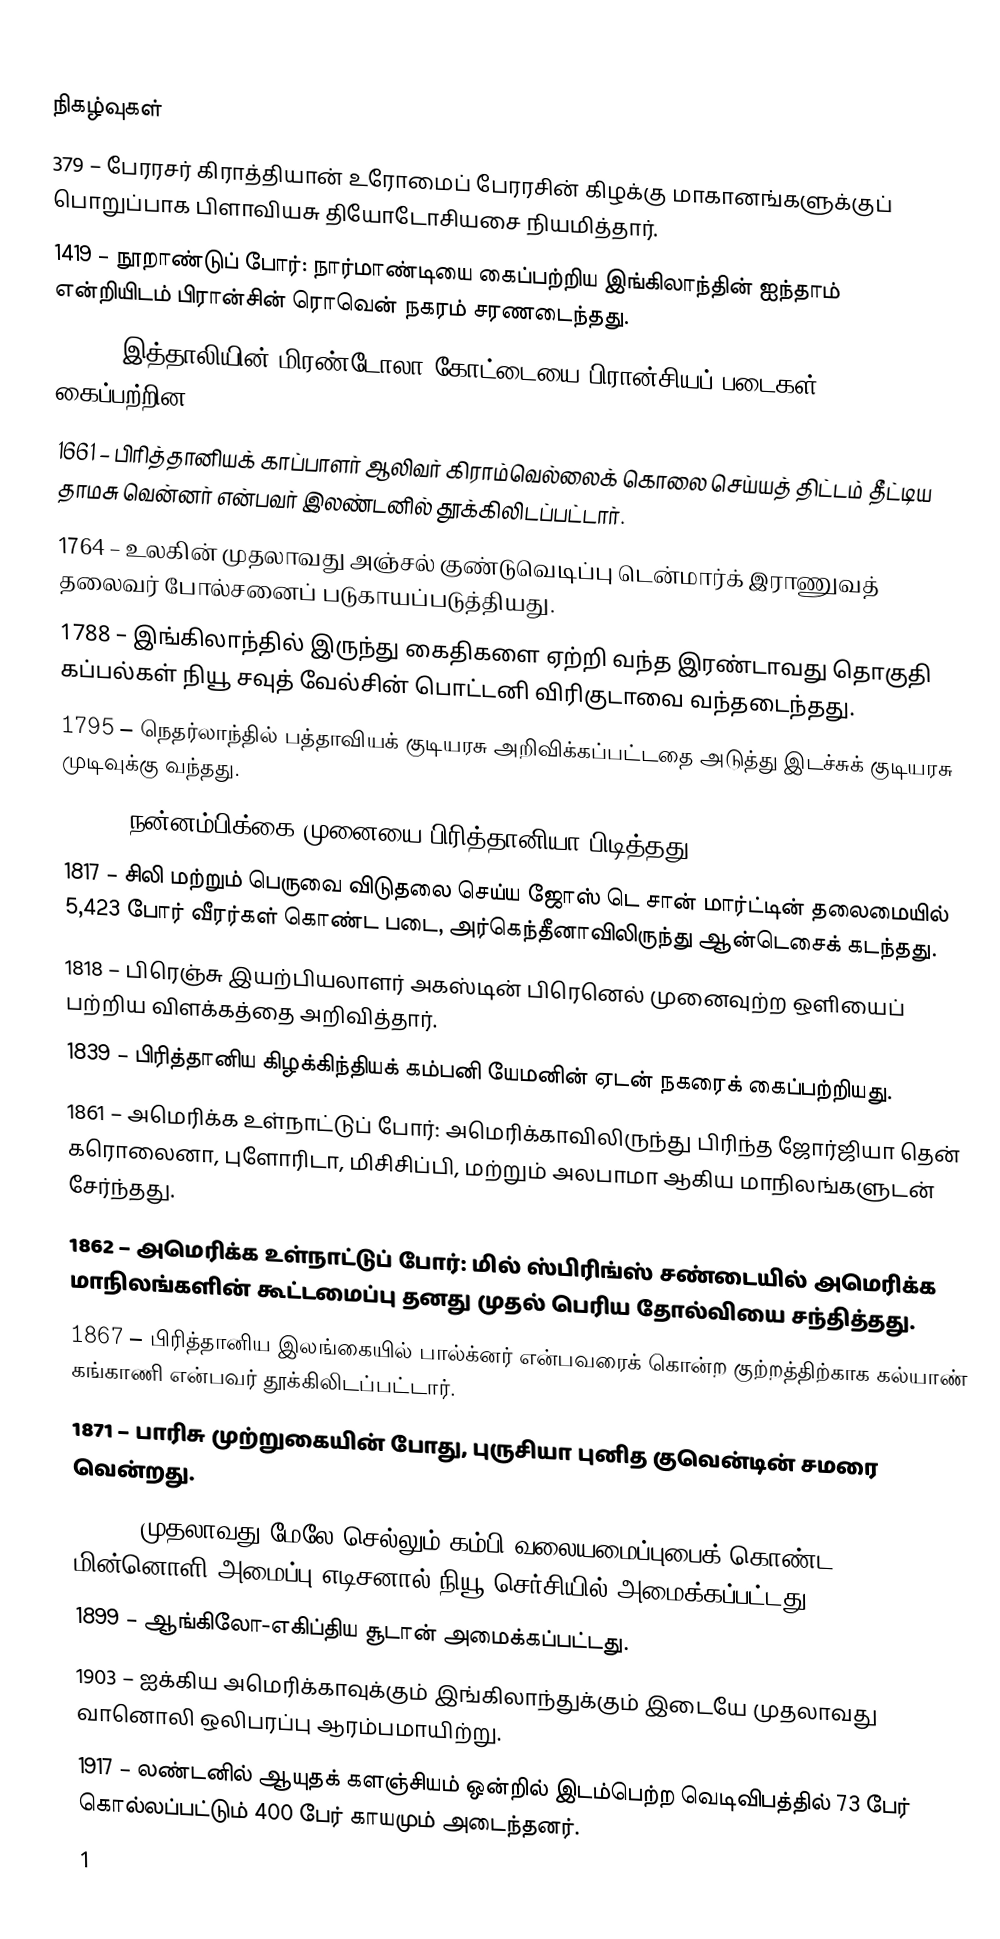

நிகழ்வுகள்
 379 – பேரரசர் கிராத்தியான் உரோமைப் பேரரசின் கிழக்கு மாகானங்களுக்குப் பொறுப்பாக பிளாவியசு தியோடோசியசை நியமித்தார்.
1419 – நூறாண்டுப் போர்: நார்மாண்டியை கைப்பற்றிய இங்கிலாந்தின் ஐந்தாம் என்றியிடம் பிரான்சின் ரொவென் நகரம் சரணடைந்தது.
1511 – இத்தாலியின் மிரண்டோலா கோட்டையை பிரான்சியப் படைகள் கைப்பற்றின.
1661 – பிரித்தானியக் காப்பாளர் ஆலிவர் கிராம்வெல்லைக் கொலை செய்யத் திட்டம் தீட்டிய தாமசு வென்னர் என்பவர் இலண்டனில் தூக்கிலிடப்பட்டார்.
1764 – உலகின் முதலாவது அஞ்சல் குண்டுவெடிப்பு டென்மார்க் இராணுவத் தலைவர் போல்சனைப் படுகாயப்படுத்தியது.
1788 – இங்கிலாந்தில் இருந்து கைதிகளை ஏற்றி வந்த இரண்டாவது தொகுதி கப்பல்கள் நியூ சவுத் வேல்சின் பொட்டனி விரிகுடாவை வந்தடைந்தது.
1795 – நெதர்லாந்தில் பத்தாவியக் குடியரசு அறிவிக்கப்பட்டதை அடுத்து இடச்சுக் குடியரசு முடிவுக்கு வந்தது.
1806 – நன்னம்பிக்கை முனையை பிரித்தானியா பிடித்தது.
1817 – சிலி மற்றும் பெருவை விடுதலை செய்ய ஜோஸ் டெ சான் மார்ட்டின் தலைமையில் 5,423 போர் வீரர்கள் கொண்ட படை, அர்கெந்தீனாவிலிருந்து ஆன்டெசைக் கடந்தது.
1818 – பிரெஞ்சு இயற்பியலாளர் அகஸ்டின் பிரெனெல் முனைவுற்ற ஒளியைப் பற்றிய விளக்கத்தை அறிவித்தார்.
1839 – பிரித்தானிய கிழக்கிந்தியக் கம்பனி யேமனின் ஏடன் நகரைக் கைப்பற்றியது.
1861 – அமெரிக்க உள்நாட்டுப் போர்: அமெரிக்காவிலிருந்து பிரிந்த ஜோர்ஜியா தென் கரொலைனா, புளோரிடா, மிசிசிப்பி, மற்றும் அலபாமா ஆகிய மாநிலங்களுடன் சேர்ந்தது.
1862 – அமெரிக்க உள்நாட்டுப் போர்: மில் ஸ்பிரிங்ஸ் சண்டையில் அமெரிக்க மாநிலங்களின் கூட்டமைப்பு தனது முதல் பெரிய தோல்வியை சந்தித்தது.
1867 – பிரித்தானிய இலங்கையில் பால்க்னர் என்பவரைக் கொன்ற குற்றத்திற்காக கல்யாண் கங்காணி என்பவர் தூக்கிலிடப்பட்டார்.
1871 – பாரிசு முற்றுகையின் போது, புருசியா புனித குவென்டின் சமரை வென்றது.
1883 – முதலாவது மேலே செல்லும் கம்பி வலையமைப்புபைக் கொண்ட மின்னொளி அமைப்பு எடிசனால் நியூ செர்சியில் அமைக்கப்பட்டது.
1899 – ஆங்கிலோ-எகிப்திய சூடான் அமைக்கப்பட்டது.
1903 – ஐக்கிய அமெரிக்காவுக்கும் இங்கிலாந்துக்கும் இடையே முதலாவது வானொலி ஒலிபரப்பு ஆரம்பமாயிற்று.
1917 – லண்டனில் ஆயுதக் களஞ்சியம் ஒன்றில் இடம்பெற்ற வெடிவிபத்தில் 73 பேர் கொல்லப்பட்டும் 400 பேர் காயமும் அடைந்தனர்.
1